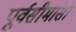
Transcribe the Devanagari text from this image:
पूर्वसीमांसा